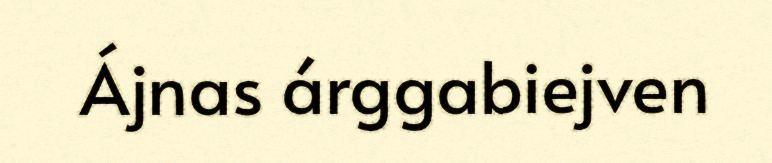
Ájnas árggabiejven